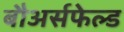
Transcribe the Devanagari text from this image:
बौअर्सफेल्ड